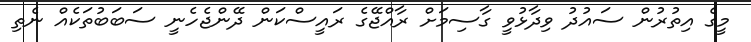
މީގެ އިތުުރުން ސައުދު ވިދާޅުވީ ގާސިމަށް ރާއްޖޭގެ ރައީސްކަން ދޭންޖެހެނީ ސަބަބުތަކެއް ނެތި